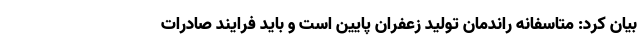
بیان کرد: متاسفانه راندمان تولید زعفران پایین است و باید فرایند صادرات